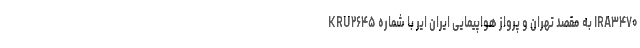
KRU۲۶۴۵ به مقصد تهران و پرواز هواپیمایی ایران ایر با شماره IRA۳۴۷۰